Supplement to the account of plague administration in the Bombay Presidency from September 1896 till May 1897
Year: 1896
Disease focus: Plague
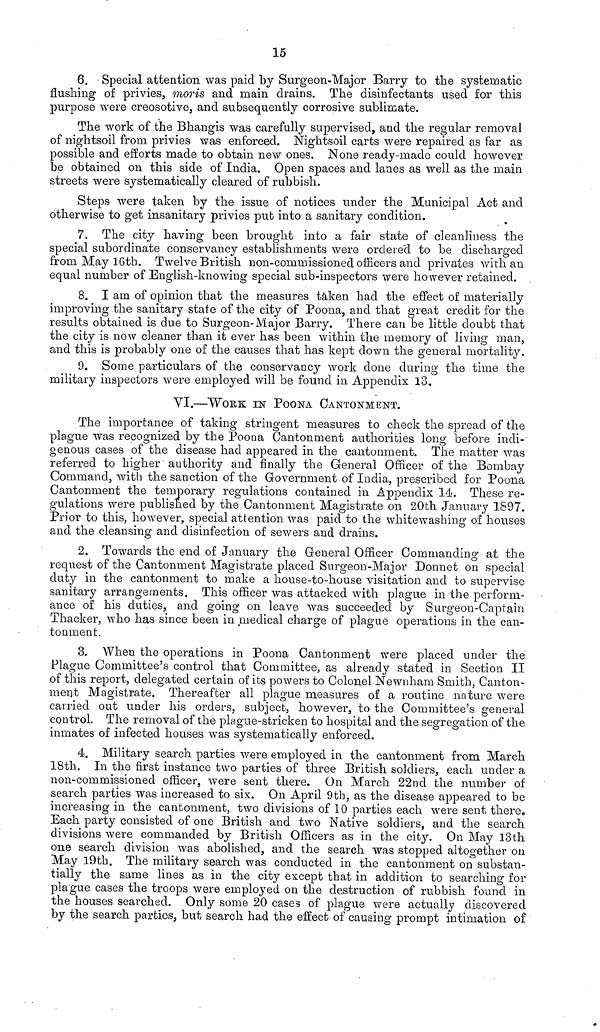
15
6. Special attention was paid by Surgeon-Major Barry to the systematic
flushing of privies, moris and main drains. The disinfectants used for this
purpose were creosotive, and subsequently corrosive sublimate.
The work of the Bhangis was carefully supervised, and the regular removal
of nightsoil from privies was enforced. Nightsoil carts were repaired as far as
possible and efforts made to obtain new ones. None ready-made could however
be obtained on this side of India. Open spaces and lanes as well as the main
streets were systematically cleared of rubbish.
Steps were taken by the issue of notices under the Municipal Act and
otherwise to get insanitary privies put into a sanitary condition.
7. The city having been brought into a fair state of cleanliness the
special subordinate conservancy establishments were orderecl to be discharged
from May 16th. Twelve British non-commissioned officers and privates with an
equal number of English-knowing special sub-inspectors were however retained.
8. I am of opinion that the measures taken had the effect of materially
improving the sanitary state of the city of Poona, and that great credit for the
results obtained is due to Surgeon-Major Barry. There can be little doubt that
the city is now cleaner than it ever has been within the memory of living man,
and this is probably one of the causes that has kept down the general mortality.
9. Some particulars of the conservancy work done during the time the
military inspectors were employed will be found in Appendix 13,
VI.—WORK IN POoNA CANTONMENT.
The importance of taking stringent measures to check the spread of the
plague was recognized by the Poona Cantonment authorities long before indi-
genous cases of the disease had appeared in the cantonment. The matter was
referred to higher authority and finally the General Officer of the Bombay
Command, with the sanction of the Government of India, prescribed for Poona
Cantonment the temporary regulations contained in Appendix 14. These re-
gulations were published by the Cantonment Magistrate on 20th January 1S97.
Prior to this, however, special attention was paid to the whitewashing of houses
and the cleansing and disinfection of sewers and drains.
2. Towards the end of January the General Officer Commanding at the
request of the Cantonment Magistrate placed Surgeon-Major Donnet on special
duty in the cantonment to make a house-to-house visitation and to supervise
sanitary arrangements. This officer was attacked with plague in the perform-
ance of his duties, and going on leave was succeeded by Surgeon-Captain
Thacker, who has since been in medical charge of plague operations in the can-
tonment.
3. When the operations in Poona Cantonment were placed under the
Plague Committee's control that Committee, as already stated in Section II
of this report, delegated certain of its powers to Colonel Newnham Smith, Canton-
ment Magistrate. Thereafter all plague measures of a routine nature were
carried out under his orders, subject, however, to the Committee's general
control. The removal of the plague-stricken to hospital and the segregation of the
inmates of infected houses was systematically enforced.
4. Military search parties were employed in the cantonment from March
18th. In the first instance two parties of three British soldiers, each under a
non-commissioned officer, were sent there. On March 22nd the number of
search parties was increased to six. On April 9th, as the disease appeared to be
increasing in the cantonment, two divisions of 10 parties each were sent there.
Each party consisted of one British and two Native soldiers, and the search
divisions were commanded by British Officers as in the city. On May 13th
one search division was abolished, and the search was stopped altogether on
May 19th. The military search was conducted in the cantonment on substan-
tially the same lines as in the city except that in addition to searching for
plague cases the troops were employed on the destruction of rubbish found in
the houses searched. Only some 20 cases of plague were actually discovered
by the search parties, but search had the effect of causing prompt intimation of